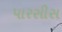
પારસીસ